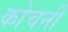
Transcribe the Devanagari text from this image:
कोचनी